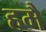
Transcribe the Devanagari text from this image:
हमै